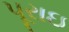
પૂરાઇ